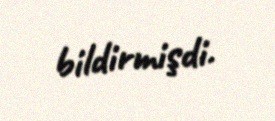
bildirmişdi.